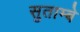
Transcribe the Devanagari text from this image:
सुताम्बे